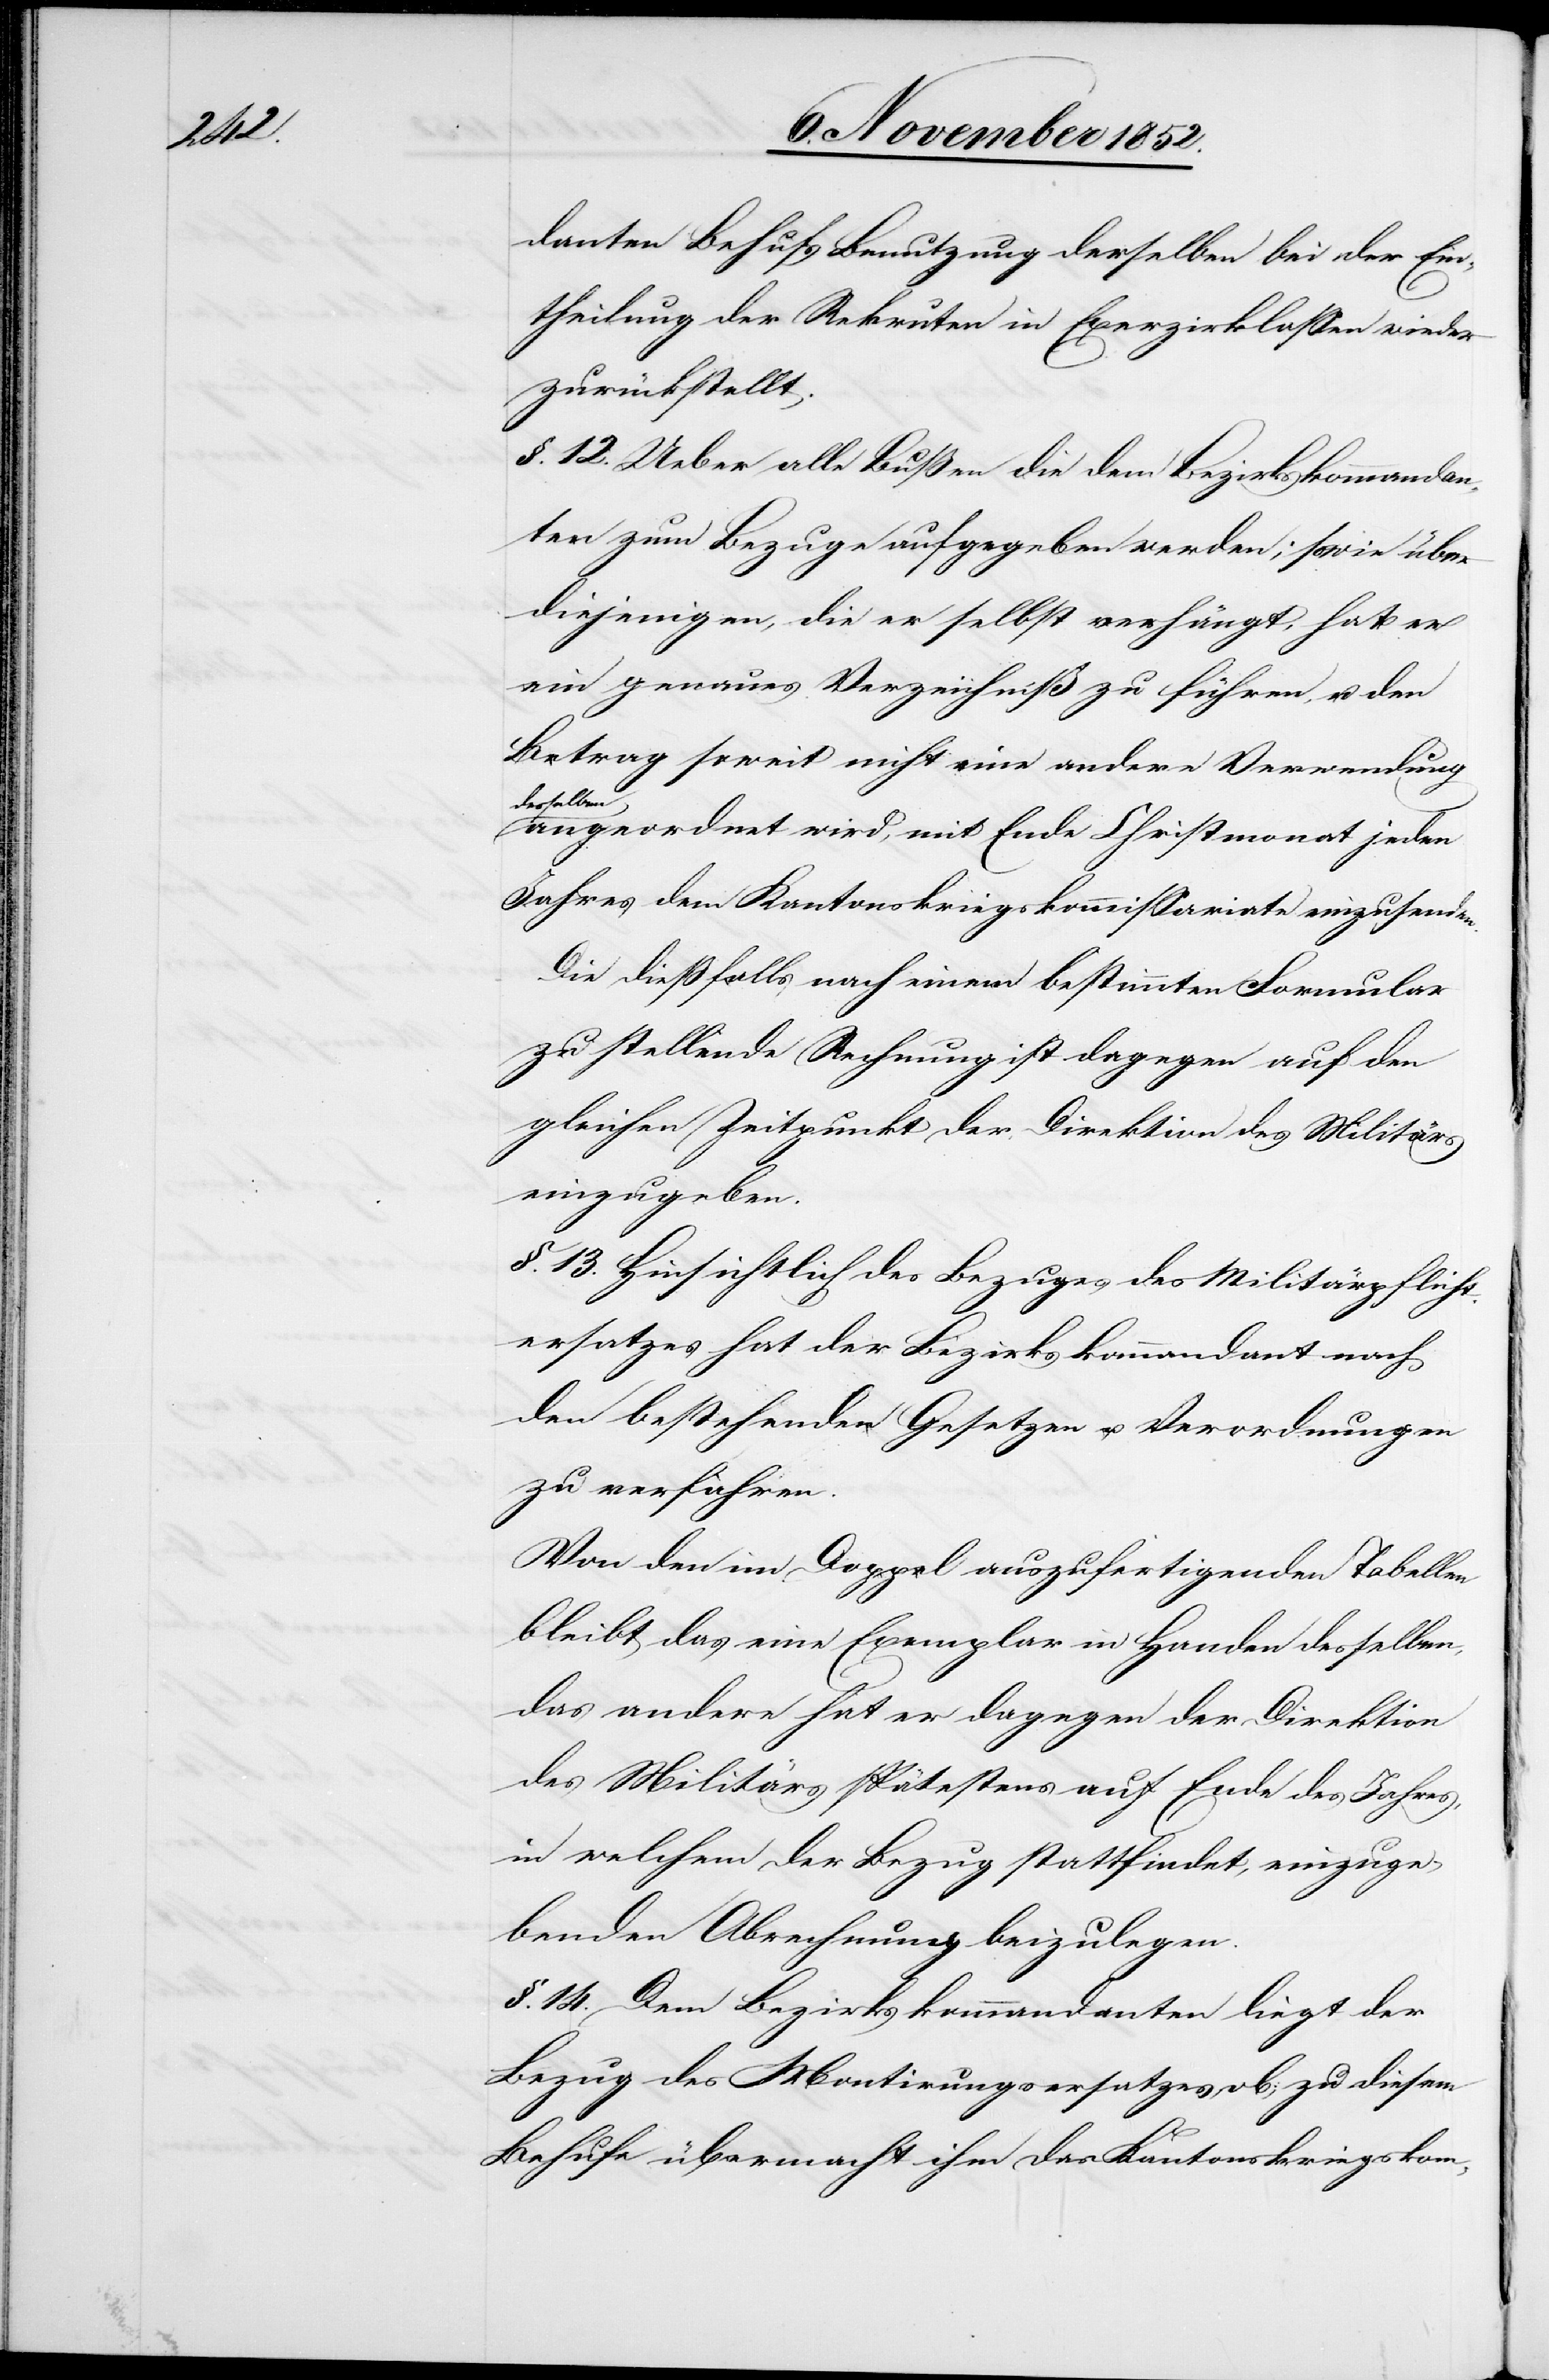
danten Behufs Benutzung derselben bei der Ein¬
theilung der Rekruten in Exerzirklassen wieder
zurückstellt.
§. 12. Ueber alle Bußen die dem Bezirkskommandan¬
ten zum Bezuge aufgegeben werden; sowie über
diejenigen, die er selbst verhängt, hat er
ein genaues Verzeichniß zu führen, u. den
Betrag soweit nicht eine andere Verwendung
desselben
angeordnet wird, mit Ende Christmonat jeden
Jahres dem Kantonskriegskommissariate einzusenden.
Die dießfalls nach einem bestimmten Formular
zu stellende Rechnung ist dagegen auf den
gleichen Zeitpunkt der Direktion des Militärs
einzugeben.
§. 13. Hinsichtlich des Bezuges des Militärpflicht¬
ersatzes hat der Bezirkskommandant nach
den bestehenden Gesetzen u. Verordnungen
zu verfahren.
Von den im Doppel auszufertigenden Tabellen
bleibt das eine Exemplar in Handen desselben,
das andere hat er dagegen der [der] Direktion
des Militärs spätestens auf Ende des Jahres,
in welchem der Bezug stattfindet, einzuge¬
benden Abrechnung beizulegen.
§. 14. Dem Bezirkskommandanten liegt der
Bezug des Montirungsersatzes ob; zu diesem
Behufe übermacht ihm das Kantonskriegskom-